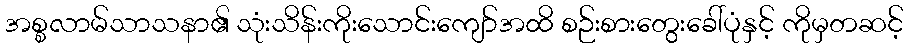
အစ္စလာမ်သာသနာ၏ သုံးသိန်းကိုးသောင်းကျော်အထိ စဉ်းစားတွေးခေါ်ပုံနှင့် ကိုမှတဆင့်